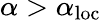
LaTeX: \alpha>\alpha_{\mathrm{loc}}